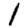
Digit: 1